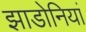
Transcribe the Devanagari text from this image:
झाडोनियां